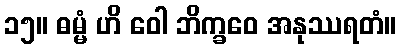
၁၅။ ဓမ္မံ ဟိ ဝေါ ဘိက္ခဝေ အနုဿရတံ။